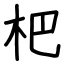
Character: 杷